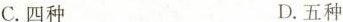
C.四种 D.五种